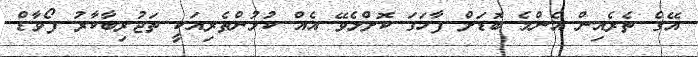
އޭގެ ތެރެއިން އެންމެ ބޮޑަށް ފާހަގަ ކޮށްލެވޭ އެއް ކުޅުންތެރިއަކީ ތަޖުރިބާކާރު ފޯވާޑް